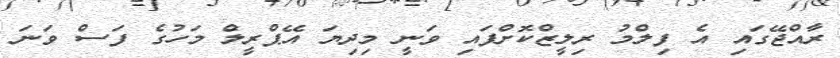
ރާއްޖޭގައި އެ ފިލްމު ރިލީޒްކޮށްފައި ވަނީ މިދިޔަ އޭޕްރީލް މަހުގެ ފަސް ވަނަ